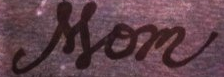
Mom